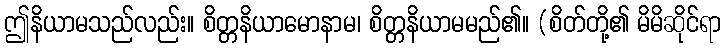
ဤနိယာမသည်လည်း။ စိတ္တနိယာမောနာမ၊ စိတ္တနိယာမမည်၏။ (စိတ်တို့၏ မိမိဆိုင်ရာ